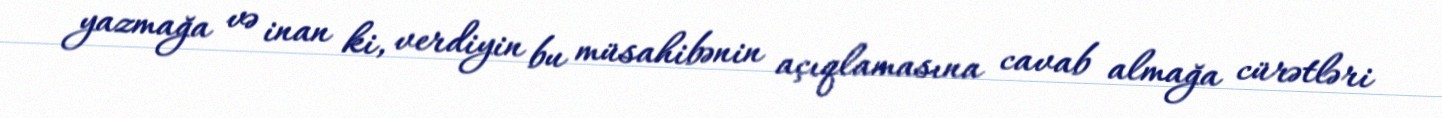
yazmağa və inan ki, verdiyin bu müsahibənin açıqlamasına cavab almağa cürətləri